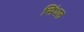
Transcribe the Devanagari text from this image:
सिंधल